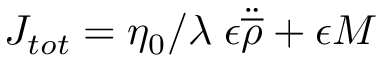
J _ { t o t } = \eta _ { 0 } / \lambda \; \epsilon \ddot { \overline { { { \rho } } } } + \epsilon M